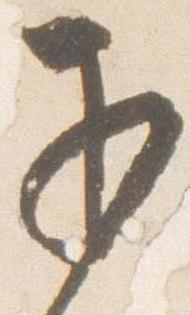
子